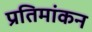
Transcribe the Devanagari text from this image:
प्रतिमांकन